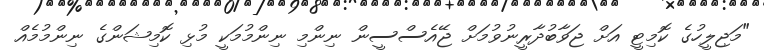
"މަޖިލީހުގެ ކޮމިޓީ އަށް ޖަވާބުދާރީނުވުމަށް ޖޭއެސްސީން ނިންމި ނިންމުމަކީ މުޅި ކޮމިޝަންގެ ނިންމުމެއް